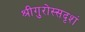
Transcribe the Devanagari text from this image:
श्रीगुरोस्सदृशं